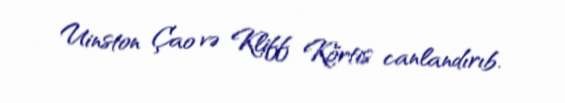
Uinston Çao və Kliff Körtis canlandırıb.